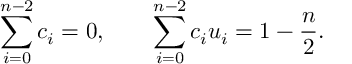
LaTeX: \sum _ { i = 0 } ^ { n - 2 } c _ { i } = 0 , \qquad \sum _ { i = 0 } ^ { n - 2 } c _ { i } u _ { i } = 1 - { \frac { n } { 2 } } .